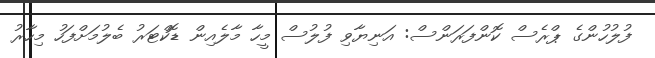
ފުލުހުންގެ ޕްރެސް ކޮންފަރަންސް: އަނިޔާވި ފުލުސް މީހާ މާލެއިން ޑޮކްޓަރު ބެލުމަށްފަހު މިހާރު